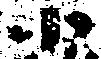
小